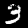
Label: 3